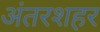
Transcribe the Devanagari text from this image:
अंतरशहर